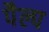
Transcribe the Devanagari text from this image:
पैल्प